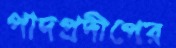
পাদপ্রদীপের